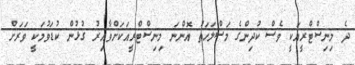
ދެ މިނިސްޓްރީއަކީ ވެސް ކުދިންގެ މަސްލަހަތު އޮންނަ މިނިސްޓްރީއަކަށްވާއިރު ގުޅުން ކުޑަވުމަކީ ވަރަށް